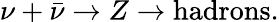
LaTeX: \nu+{\bar{\nu}}\to Z\to{\mathrm{hadrons}}.